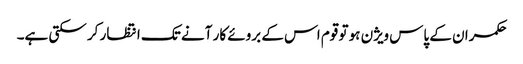
حکمران کے پاس ویژن ہو تو قوم اس کے بروئے کار آنے تک انتظار کر سکتی ہے۔